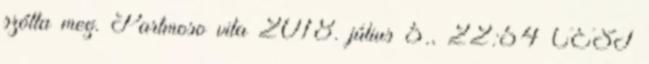
szólta meg. Partmoso vita 2018. július 5., 22:54 CEST